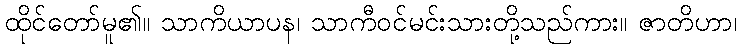
ထိုင်တော်မူ၏။ သာကိယာပန၊ သာကီဝင်မင်းသားတို့သည်ကား။ ဇာတိဟာ၊